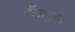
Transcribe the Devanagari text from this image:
टॅलापूसा